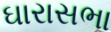
ઘારાસભા